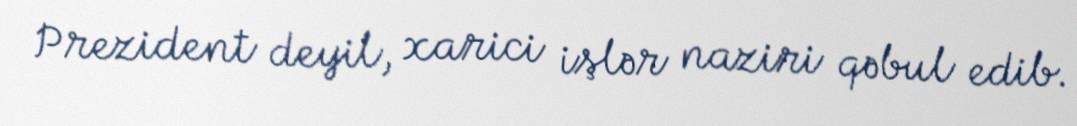
Prezident deyil, xarici işlər naziri qəbul edib.